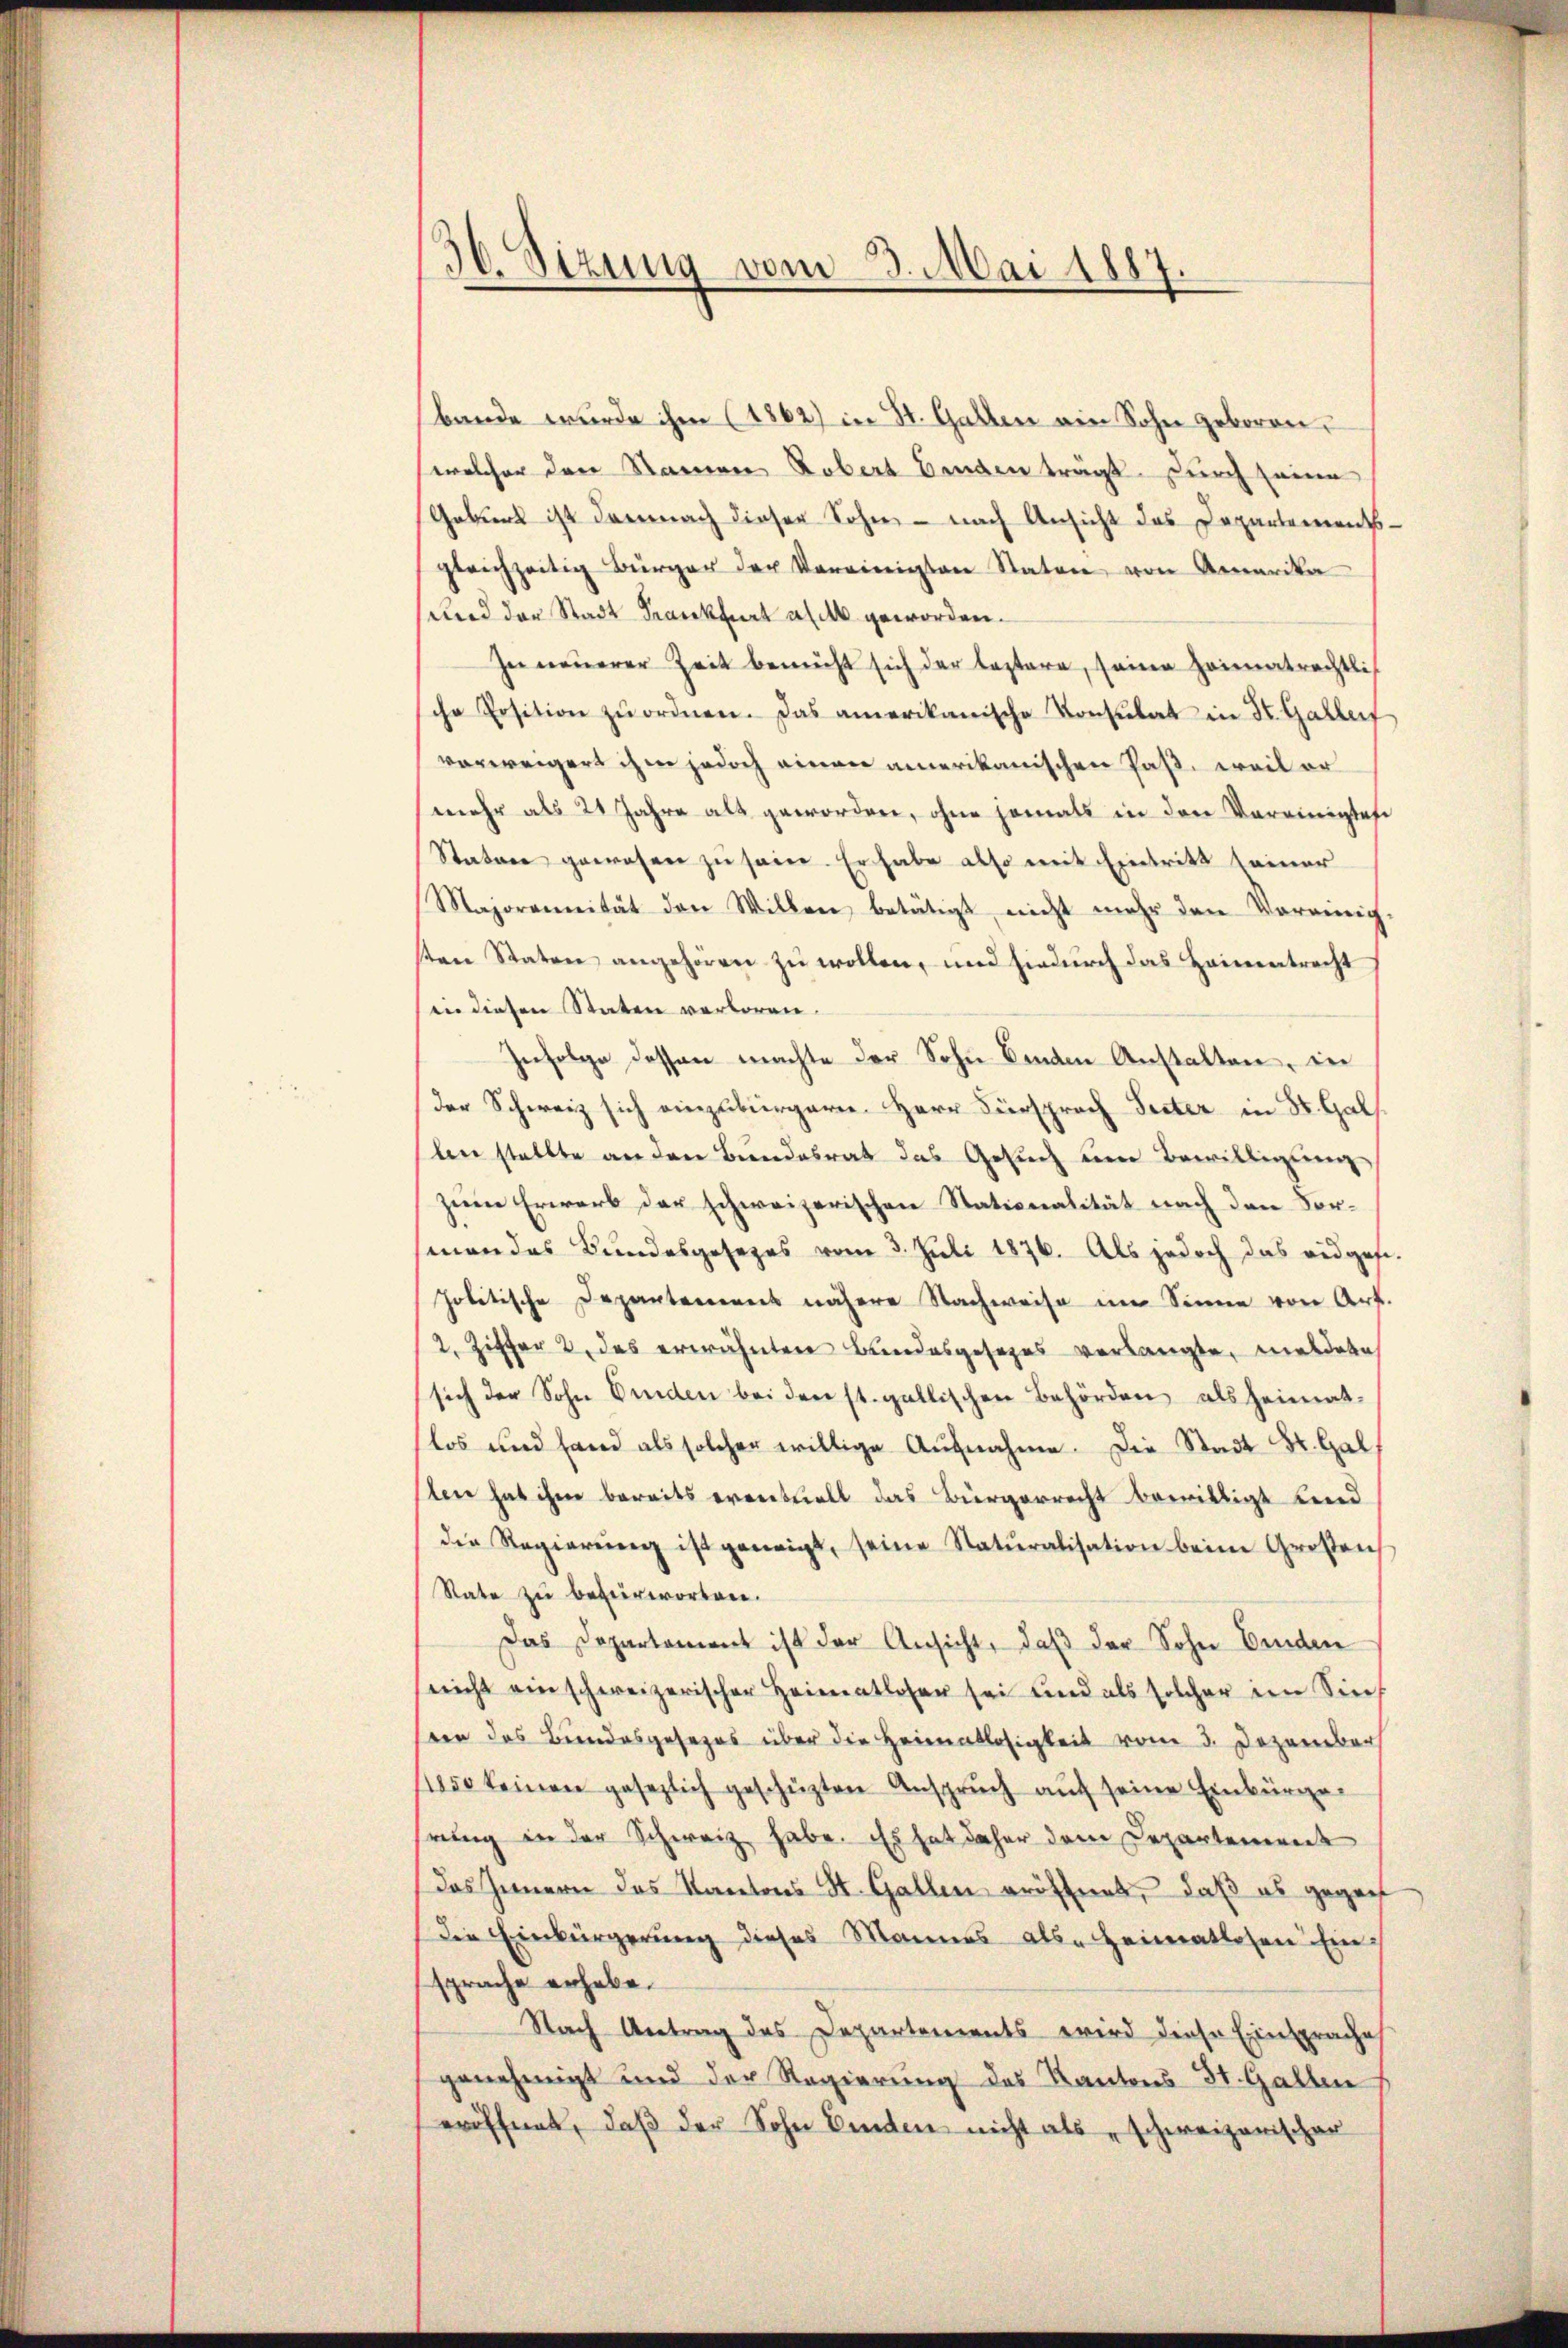
30. Sizung vom 3. Mai 1887.
d

bande wurde ihm (1862) in St. Gallen ein Sohn geboren,
welcher den Namen Kobers Bunden trägt. Durch seine
Geburt ist demnach dieser Sohn - nach Ansicht das Departementsgleichzeitig Bürger der Vereinigten Staten von Amerika
und der Stadt Frankfurt all geworden.
In neuerer Zeit bemüht sich der leztere, seine Heimatrechtlich
sche Position zŭ ordnen. Das amerikanische Konsulat in St. Gallerf
vorweigert ihm jedoch einen amerikanischen Paß, weil er
mehr als 24 Jahre als geworden, ohne jemals in den Vereinigtes
Statore gewesen zu sein. Er habe also mit Eintritt seiner
Majoranität den Willen, betätigt, nicht mehr den Vereinig
sten Staten angehören zu wollen, und hiedurch das Heimatrecht
(in diesen Staten verloren.
Infolge dessen machte der Sohn benden Anstalten, der
der Schweiz sich einzubürgern. Herr Fürsprach Peter in St. Gal
ln stellte an den Bundesrat das Gesuch um Bewilligung
zum Erwerb der schweizerischen Stationalität nach den Forman das Bundesgesezes vom 3. Juli 1876. Als jedoch das eidges-
politische Departement nähere Nachweise im Sinne von Art.
/2. Ziffer 2. das erwähnten Bundesgesezes verlangte, meldete
sich der Sohn beden bei den st. gallischen Behörden als heimatlos und fand als solcher willige Aufnahme. Die Stadt St. Gal
ten hat ihm bereits eventuell das Bürgerrecht bewilligt bind
der Regierung ist geneigt, seine Naturalisation beim Großen
Rate zu befürworten.
Das Departament ist der Ansicht, daß der Sohn binden
(nicht ein schweizerischer Heimatloser sei und als solcher im Sin
der das Bundesgesezes über die Heimatlosigkeit vom 3. Dezember
1850 keinen gesezlich geschüzten Anspruch auf seine Einbürgehrung in der Schweiz habe. Es hat daher dem Departement
das Innern das Kantons St. Gallen eröffnet, daß es gegens
Die Einbürgerung dieses Mannes- als Heimatlosen Ein-
sprache erhabe.
Nach Antrag des Departements wird diese Einsprache
genehmigt und der Regierung des Kantons 31. Gallen
eröffnet, daß der Sohn binden nicht als „schweizerischer